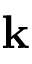
\mathbf { k }